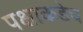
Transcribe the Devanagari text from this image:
पक्षाकडेच